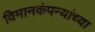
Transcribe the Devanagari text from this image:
विमानकंपन्यांच्या